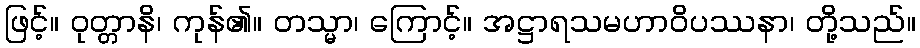
ဖြင့်။ ဝုတ္တာနိ၊ ကုန်၏။ တသ္မာ၊ ကြောင့်။ အဋ္ဌာရသမဟာဝိပဿနာ၊ တို့သည်။